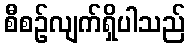
စီစဉ်လျက်ရှိပါသည်